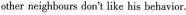
other neighbours don't like his belhavior.